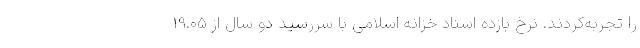
را تجربه‌کردند. نرخ بازده اسناد خزانه اسلامی با سررسید دو سال از 19.05